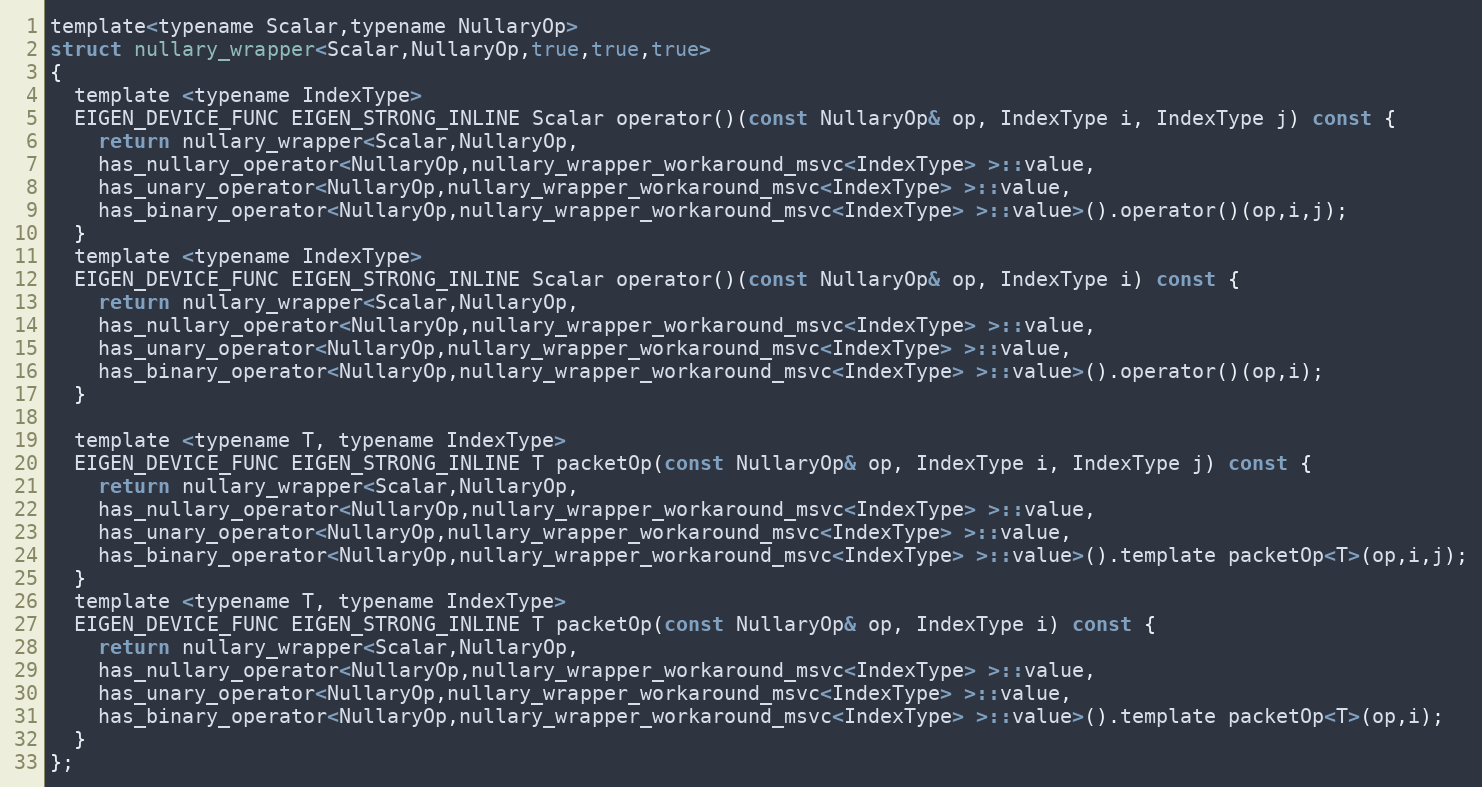
Language: C
template<typename Scalar,typename NullaryOp>
struct nullary_wrapper<Scalar,NullaryOp,true,true,true>
{
  template <typename IndexType>
  EIGEN_DEVICE_FUNC EIGEN_STRONG_INLINE Scalar operator()(const NullaryOp& op, IndexType i, IndexType j) const {
    return nullary_wrapper<Scalar,NullaryOp,
    has_nullary_operator<NullaryOp,nullary_wrapper_workaround_msvc<IndexType> >::value,
    has_unary_operator<NullaryOp,nullary_wrapper_workaround_msvc<IndexType> >::value,
    has_binary_operator<NullaryOp,nullary_wrapper_workaround_msvc<IndexType> >::value>().operator()(op,i,j);
  }
  template <typename IndexType>
  EIGEN_DEVICE_FUNC EIGEN_STRONG_INLINE Scalar operator()(const NullaryOp& op, IndexType i) const {
    return nullary_wrapper<Scalar,NullaryOp,
    has_nullary_operator<NullaryOp,nullary_wrapper_workaround_msvc<IndexType> >::value,
    has_unary_operator<NullaryOp,nullary_wrapper_workaround_msvc<IndexType> >::value,
    has_binary_operator<NullaryOp,nullary_wrapper_workaround_msvc<IndexType> >::value>().operator()(op,i);
  }

  template <typename T, typename IndexType>
  EIGEN_DEVICE_FUNC EIGEN_STRONG_INLINE T packetOp(const NullaryOp& op, IndexType i, IndexType j) const {
    return nullary_wrapper<Scalar,NullaryOp,
    has_nullary_operator<NullaryOp,nullary_wrapper_workaround_msvc<IndexType> >::value,
    has_unary_operator<NullaryOp,nullary_wrapper_workaround_msvc<IndexType> >::value,
    has_binary_operator<NullaryOp,nullary_wrapper_workaround_msvc<IndexType> >::value>().template packetOp<T>(op,i,j);
  }
  template <typename T, typename IndexType>
  EIGEN_DEVICE_FUNC EIGEN_STRONG_INLINE T packetOp(const NullaryOp& op, IndexType i) const {
    return nullary_wrapper<Scalar,NullaryOp,
    has_nullary_operator<NullaryOp,nullary_wrapper_workaround_msvc<IndexType> >::value,
    has_unary_operator<NullaryOp,nullary_wrapper_workaround_msvc<IndexType> >::value,
    has_binary_operator<NullaryOp,nullary_wrapper_workaround_msvc<IndexType> >::value>().template packetOp<T>(op,i);
  }
};